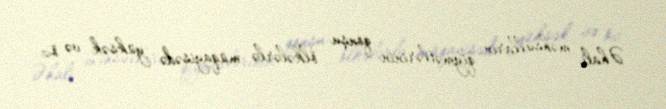
Əhali məhsulların qiymətlərinin qonşu ölkələrlə müqayisədə yüksək və öz